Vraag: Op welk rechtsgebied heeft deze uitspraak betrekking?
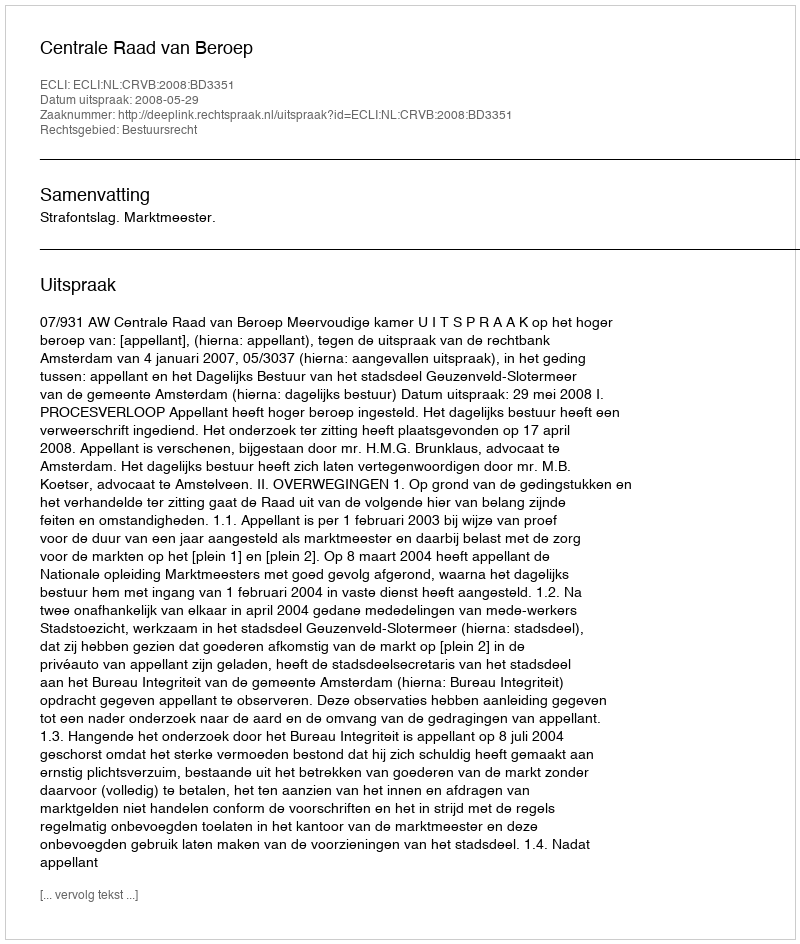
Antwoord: Bestuursrecht